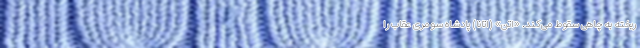
ریخته به چاهی سقوط می‌کند. «اِتَنَ» (اِتانا) پادشاه سومری عقاب را